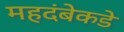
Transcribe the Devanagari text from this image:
महदंबेकडे